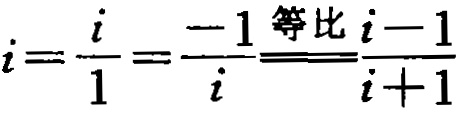
$i=\frac{i}{1}=\frac{-1}{i}\stackrel{等比}{=}\frac{i - 1}{i + 1}$